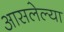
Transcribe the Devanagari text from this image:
आसलेल्या